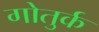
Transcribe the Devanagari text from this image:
गोतुर्क